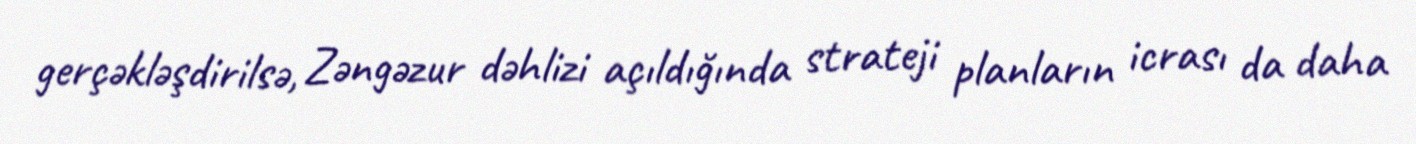
gerçəkləşdirilsə, Zəngəzur dəhlizi açıldığında strateji planların icrası da daha